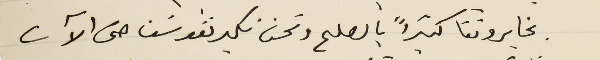
يخابروننا كثيراً بالصلح ونحن نكبر نفوسنا حتى الآن